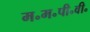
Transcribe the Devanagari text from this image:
म॰म॰पी॰वी॰